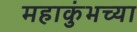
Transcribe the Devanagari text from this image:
महाकुंभच्या